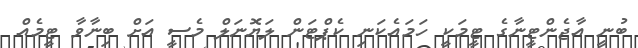
ބުނީ އާޖެންޓީނާގެ ޓީމަކީ ހަމައެކަނި ކެޕްޓަން ލަޔޮނަލް މެސީ އަށް ބިނާވާ ޓީމެއް